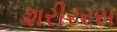
શરીરરસ